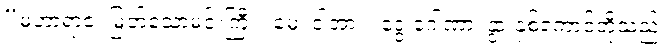
“မဟာရာဇ၊ မြတ်သောမင်းကြီး။ မေ၊ ငါ့အား။ ဒွေ ဂေါဏာ၊ နွားနှစ်ကောင်တို့သည်။